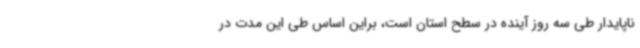
ناپایدار طی سه روز آینده در سطح استان است، براین اساس طی این مدت در